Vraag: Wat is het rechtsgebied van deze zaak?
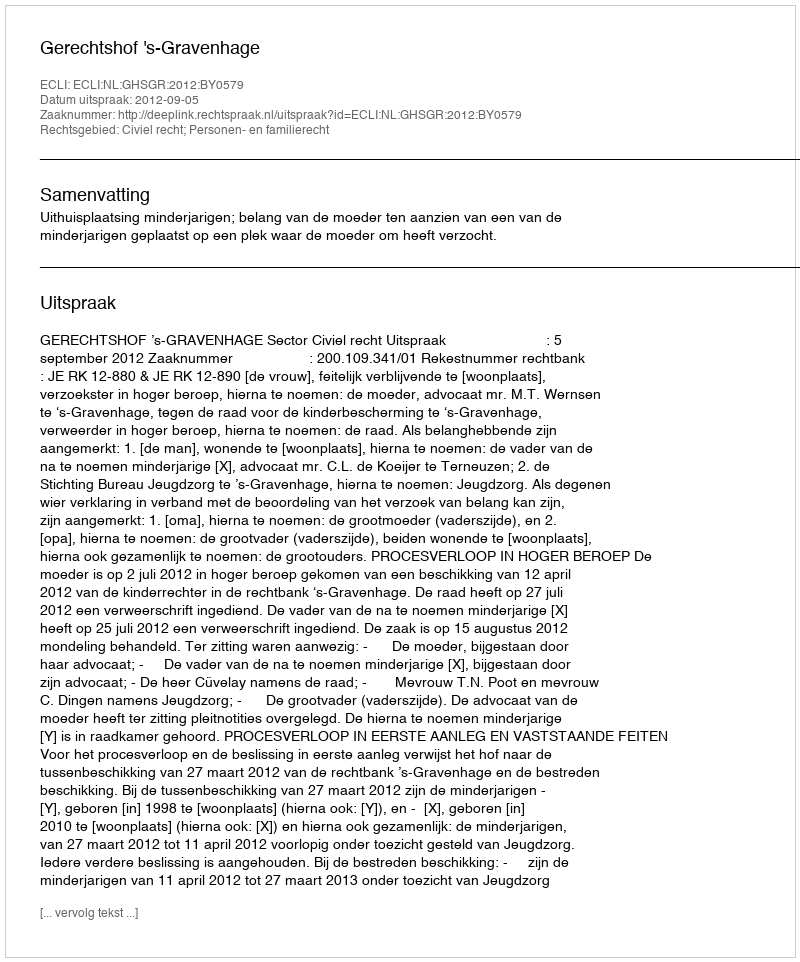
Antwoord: Civiel recht; Personen- en familierecht